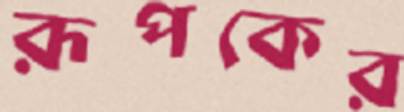
রূপকের